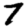
Digit: 7